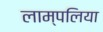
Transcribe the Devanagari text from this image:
लाम्पलिया